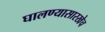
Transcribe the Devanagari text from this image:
घालण्यासारखेच